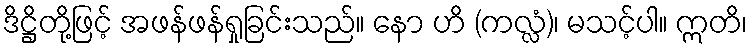
ဒိဋ္ဌိတို့ဖြင့် အဖန်ဖန်ရှုခြင်းသည်။ နော ဟိ (ကလ္လံ)၊ မသင့်ပါ။ ဣတိ၊